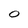
Character: O